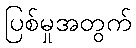
ပြစ်မှုအတွက်